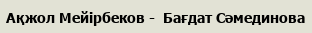
Ақжол Мейірбеков -  Бағдат Сәмединова